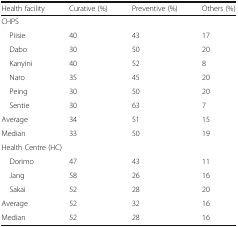
| Health facility | Curative (%) | Preventive (%) | Others (%) |
 | --- | --- | --- | --- |
 | <COLSPAN=4> CHPS |
 | Piisie | 40 | 43 | 17 |
 | Dabo | 30 | 50 | 20 |
 | Kanyini | 40 | 52 | 8 |
 | Naro | 35 | 45 | 20 |
 | Peing | 30 | 50 | 20 |
 | Sentie | 30 | 63 | 7 |
 | Average | 34 | 51 | 15 |
 | Median | 33 | 50 | 19 |
 | <COLSPAN=4> Health Centre (HC) |
 | Dorimo | 47 | 43 | 11 |
 | Jang | 58 | 26 | 16 |
 | Sakai | 52 | 28 | 20 |
 | Average | 52 | 32 | 16 |
 | Median | 52 | 28 | 16 |